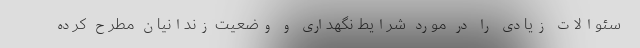
سئوالات زیادی را در مورد شرایط نگهداری و وضعیت زندانیان مطرح کرده